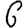
Digit: 6